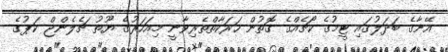
އޭނާގެ ބަދަލުގައި ޓީމުގެ ކޯޗެއްގެ ގޮތުން ހަރަކާތްތެރިވާނީ މިއަހަރުގެ ޔޫތު ޗެލެންޖް ކަޕުގެ